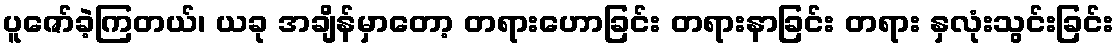
ပူဇော်ခဲ့ကြတယ်၊ ယခု အချိန်မှာတော့ တရားဟောခြင်း တရားနာခြင်း တရား နှလုံးသွင်းခြင်း